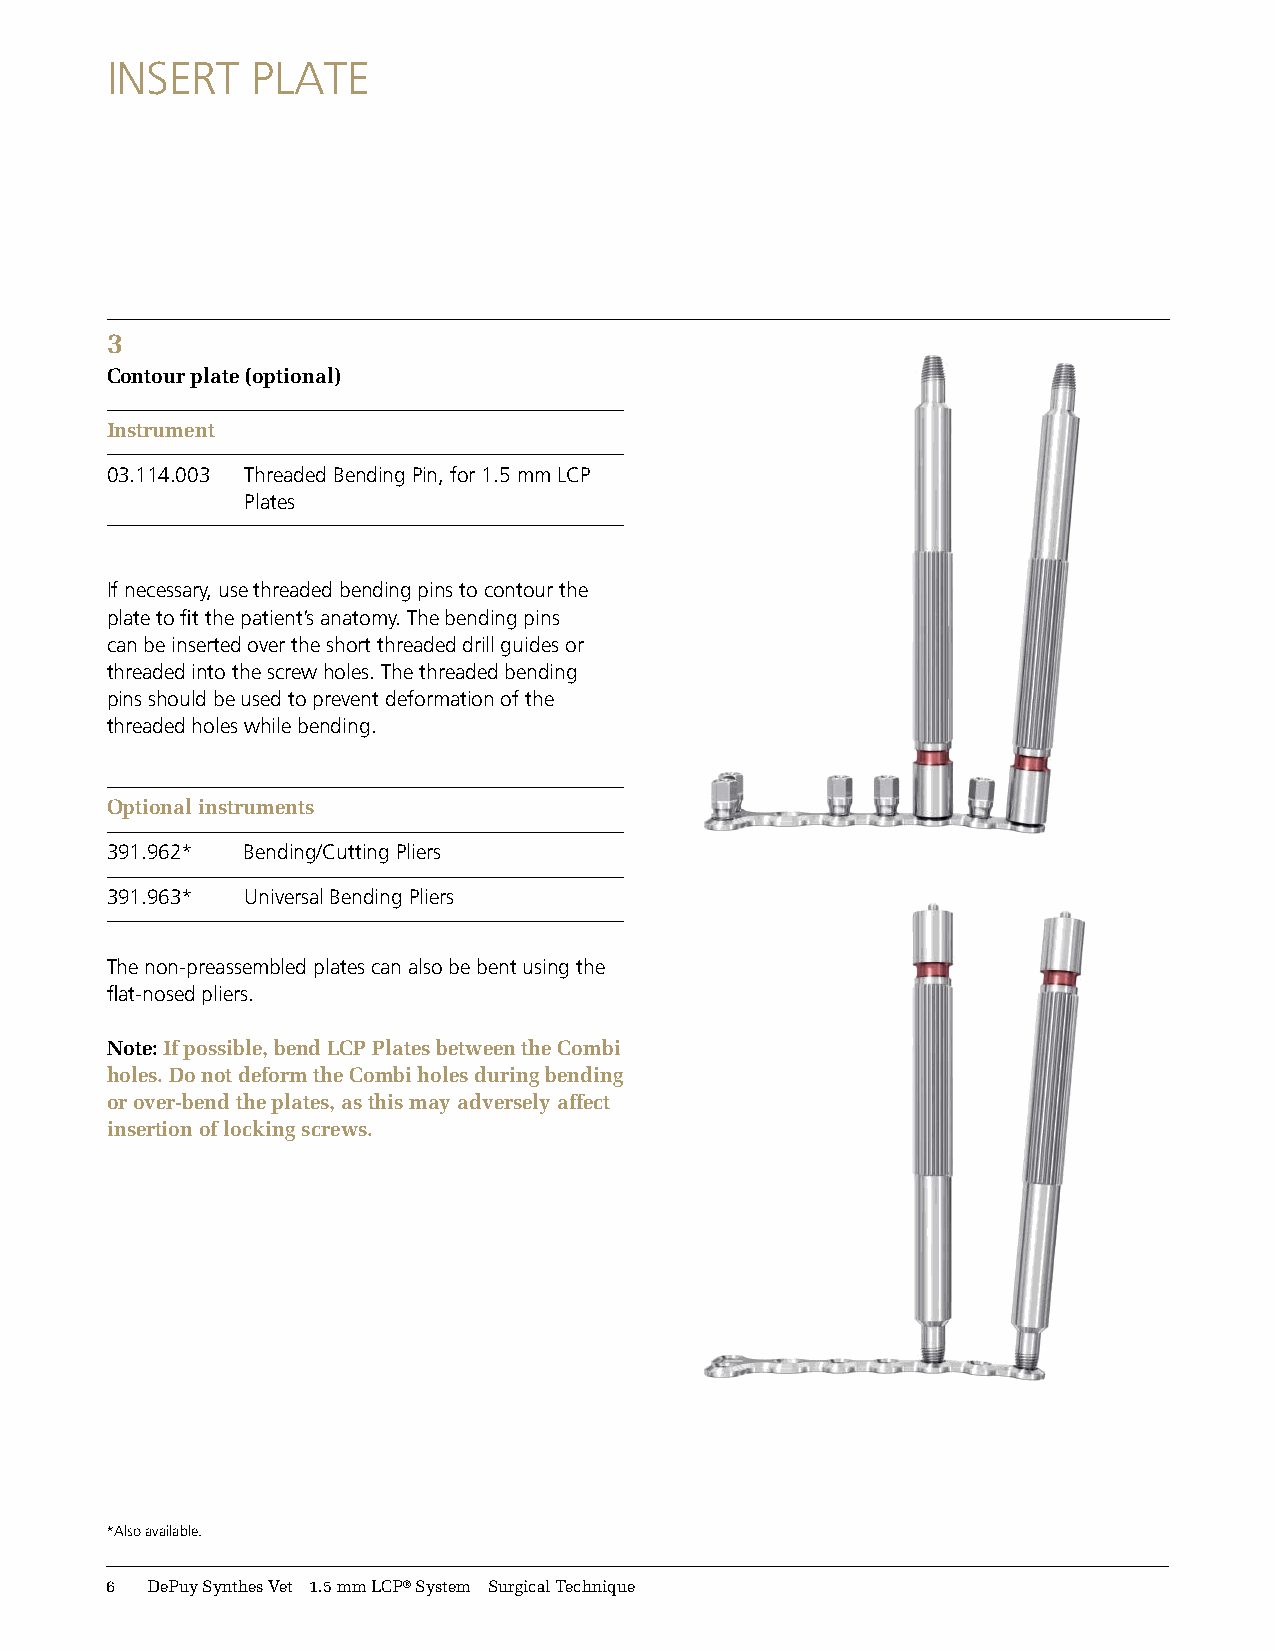
INSERT    PLATE
 3
 Contour plate (optional)
 Instrument
 03.114.003 Threaded Bending Pin, for 1.5 mm LCP
 Plates
 If necessary, use threaded bending pins to contour the
 plate to fi t the patient’s anatomy. The bending pins
 can be inserted over the short threaded drill guides or
 threaded into the screw holes. The threaded bending
 pins should be used to prevent deformation of the
 threaded holes while bending.
 Optional instruments
 391.962* Bending/Cutting Pliers
 391.963* Universal Bending Pliers
 The non-preassembled plates can also be bent using the
 fl at-nosed pliers.
 Note:If possible, bend LCP Plates between the Combi
 holes. Do not deform the Combi holes during bending
 or over-bend the plates, as this may adversely affect
 insertion of locking screws.
 *Also available.
 1  DePuySynthesVet 1.5mmLCP®System SurgicalTechnique